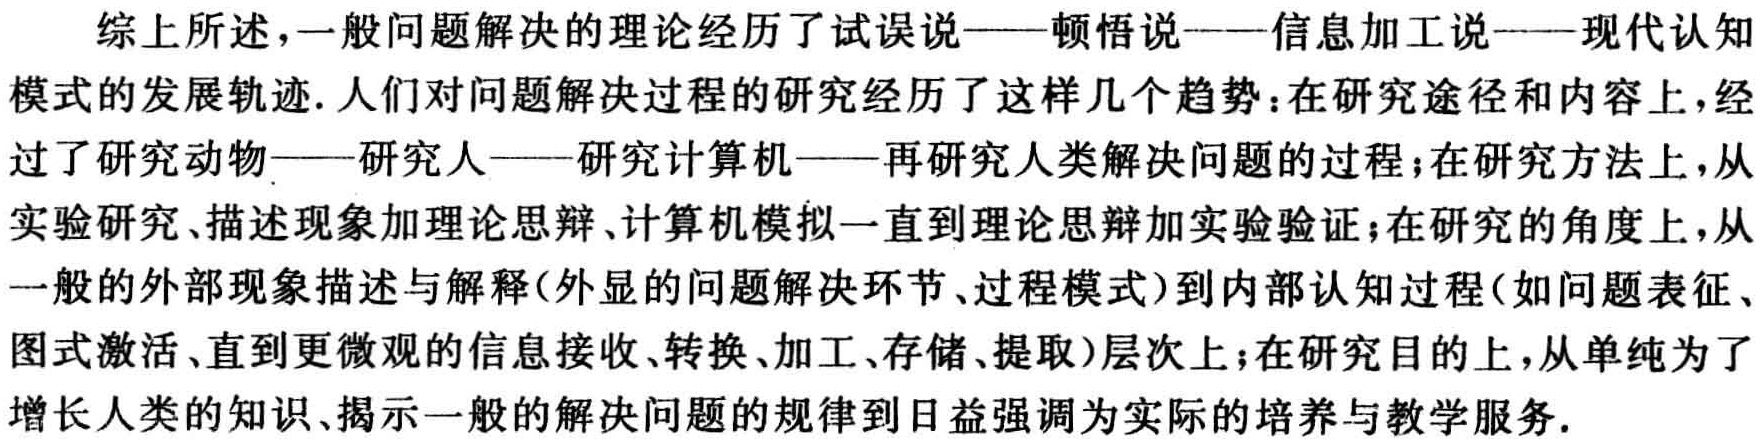
综上所述，一般问题解决的理论经历了试误说——顿悟说——信息加工说——现代认知
模式的发展轨迹. 人们对问题解决过程的研究经历了这样几个趋势：在研究途径和内容上，经
过了研究动物——研究人——研究计算机——再研究人类解决问题的过程；在研究方法上，从
实验研究、描述现象加理论思辩、计算机模拟一直到理论思辩加实验验证；在研究的角度上，从
一般的外部现象描述与解释(外显的问题解决环节、过程模式)到内部认知过程(如问题表征、
图式激活、直到更微观的信息接收、转换、加工、存储、提取)层次上；在研究目的上，从单纯为了
增长人类的知识、揭示一般的解决问题的规律到日益强调为实际的培养与教学服务.